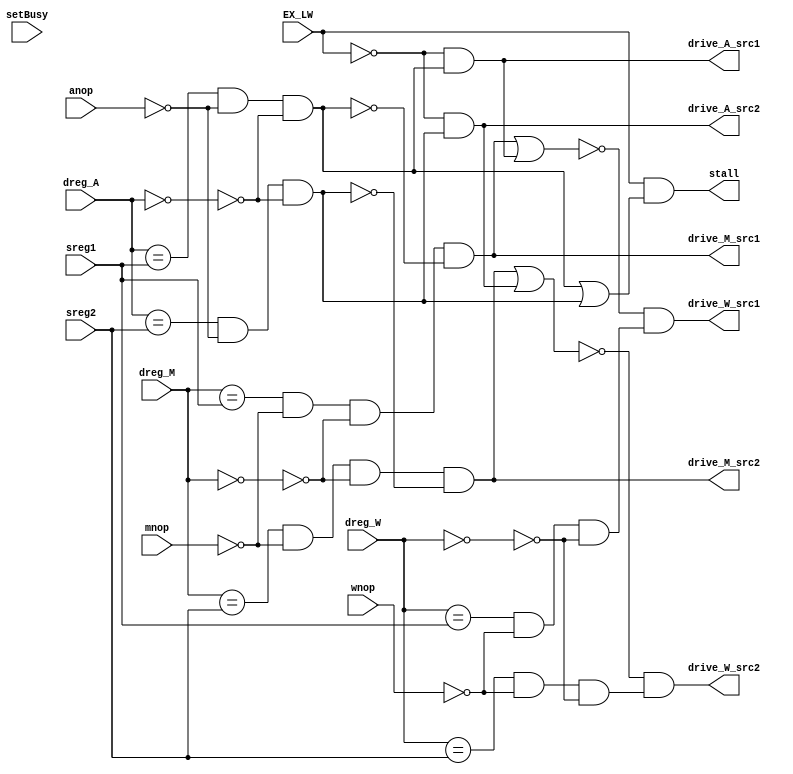
module Funit (
	input [5:0] sreg1, //source register decode
	input [5:0] sreg2, //source register decode
	input			mnop,
	input			anop,
	input			wnop,
	input 		EX_LW,
	input [5:0]	setBusy, //dreg# in decode
	input [5:0]	dreg_W, //the dreg# coming out of WB
	input [5:0] dreg_A,
	input [5:0]	dreg_M,
	output 		drive_A_src1,
	output 		drive_A_src2,
	output 		drive_M_src1,
	output 		drive_M_src2,
	output 		drive_W_src1,
	output 		drive_W_src2,
	output 		stall
	);
	
	
	wire sreg1_in_M = (dreg_M == sreg1 && !mnop && !(dreg_M==6'b000000));
	wire sreg2_in_M = (dreg_M == sreg2 && !mnop  && !(dreg_M==6'b000000));
	wire sreg1_in_A = (dreg_A == sreg1 && !anop  && !(dreg_A==6'b000000));
	wire sreg2_in_A = (dreg_A == sreg2 && !anop  && !(dreg_A==6'b000000));
	wire sreg1_in_W = (dreg_W == sreg1 && !wnop && !(dreg_W==6'b000000));
	wire sreg2_in_W = (dreg_W == sreg2 && !wnop  && !(dreg_W==6'b000000));
	
	
	assign drive_A_src1 = (!EX_LW && sreg1_in_A);
	assign drive_A_src2 = (!EX_LW && sreg2_in_A);
	assign drive_M_src1 = (sreg1_in_M && !sreg1_in_A);
	assign drive_M_src2 = (sreg2_in_M && !sreg2_in_A);
	assign drive_W_src1 = !(drive_M_src1 || drive_A_src1) && sreg1_in_W;
	assign drive_W_src2 = !(drive_M_src2 || drive_A_src2) && sreg2_in_W;
	
	assign stall = (EX_LW && ((sreg1_in_A) || (sreg2_in_A)));
endmodule